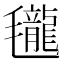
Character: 𣰵